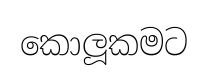
කොලූකමට